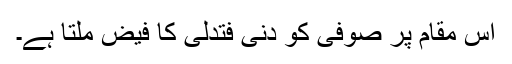
اس مقام پر صوفی کو دَنٰی فَتَدَلّٰی کا فیض ملتا ہے۔